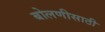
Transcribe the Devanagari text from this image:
बोलणीसाठी